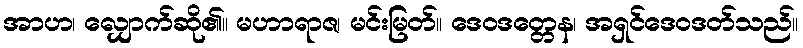
အာဟ၊ လျှောက်ဆို၏။ မဟာရာဇ၊ မင်းမြတ်။ ဒေဝဒတ္တေန၊ အရှင်ဒေဝဒတ်သည်။